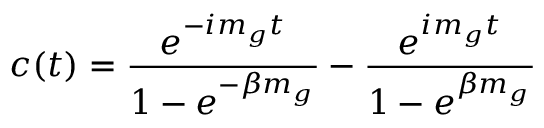
c ( t ) = { \frac { e ^ { - i m _ { g } t } } { 1 - e ^ { - \beta m _ { g } } } } - { \frac { e ^ { i m _ { g } t } } { 1 - e ^ { \beta m _ { g } } } }